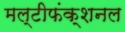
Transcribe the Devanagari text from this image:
मल्टीफंक्शनल